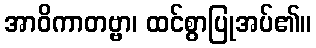
အာဝိကာတဗ္ဗာ၊ ထင်စွာပြုအပ်၏။